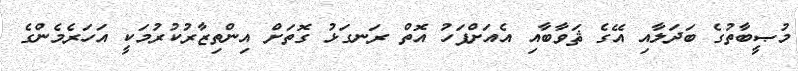
މުޞީބާތުގެ ބަދަލާއި އޭގެ ޘަވާބާއި އެއަށްފަހު އޮތް ރަނގަޅު ގޮތަށް އިންތިޒާރުކުރުމަކީ އަހަރެމެންގެ